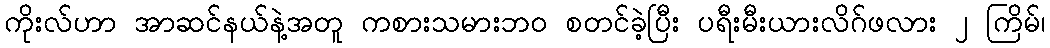
ကိုးလ်ဟာ အာဆင်နယ်နဲ့အတူ ကစားသမားဘဝ စတင်ခဲ့ပြီး ပရီးမီးယားလိဂ်ဖလား ၂ ကြိမ်၊